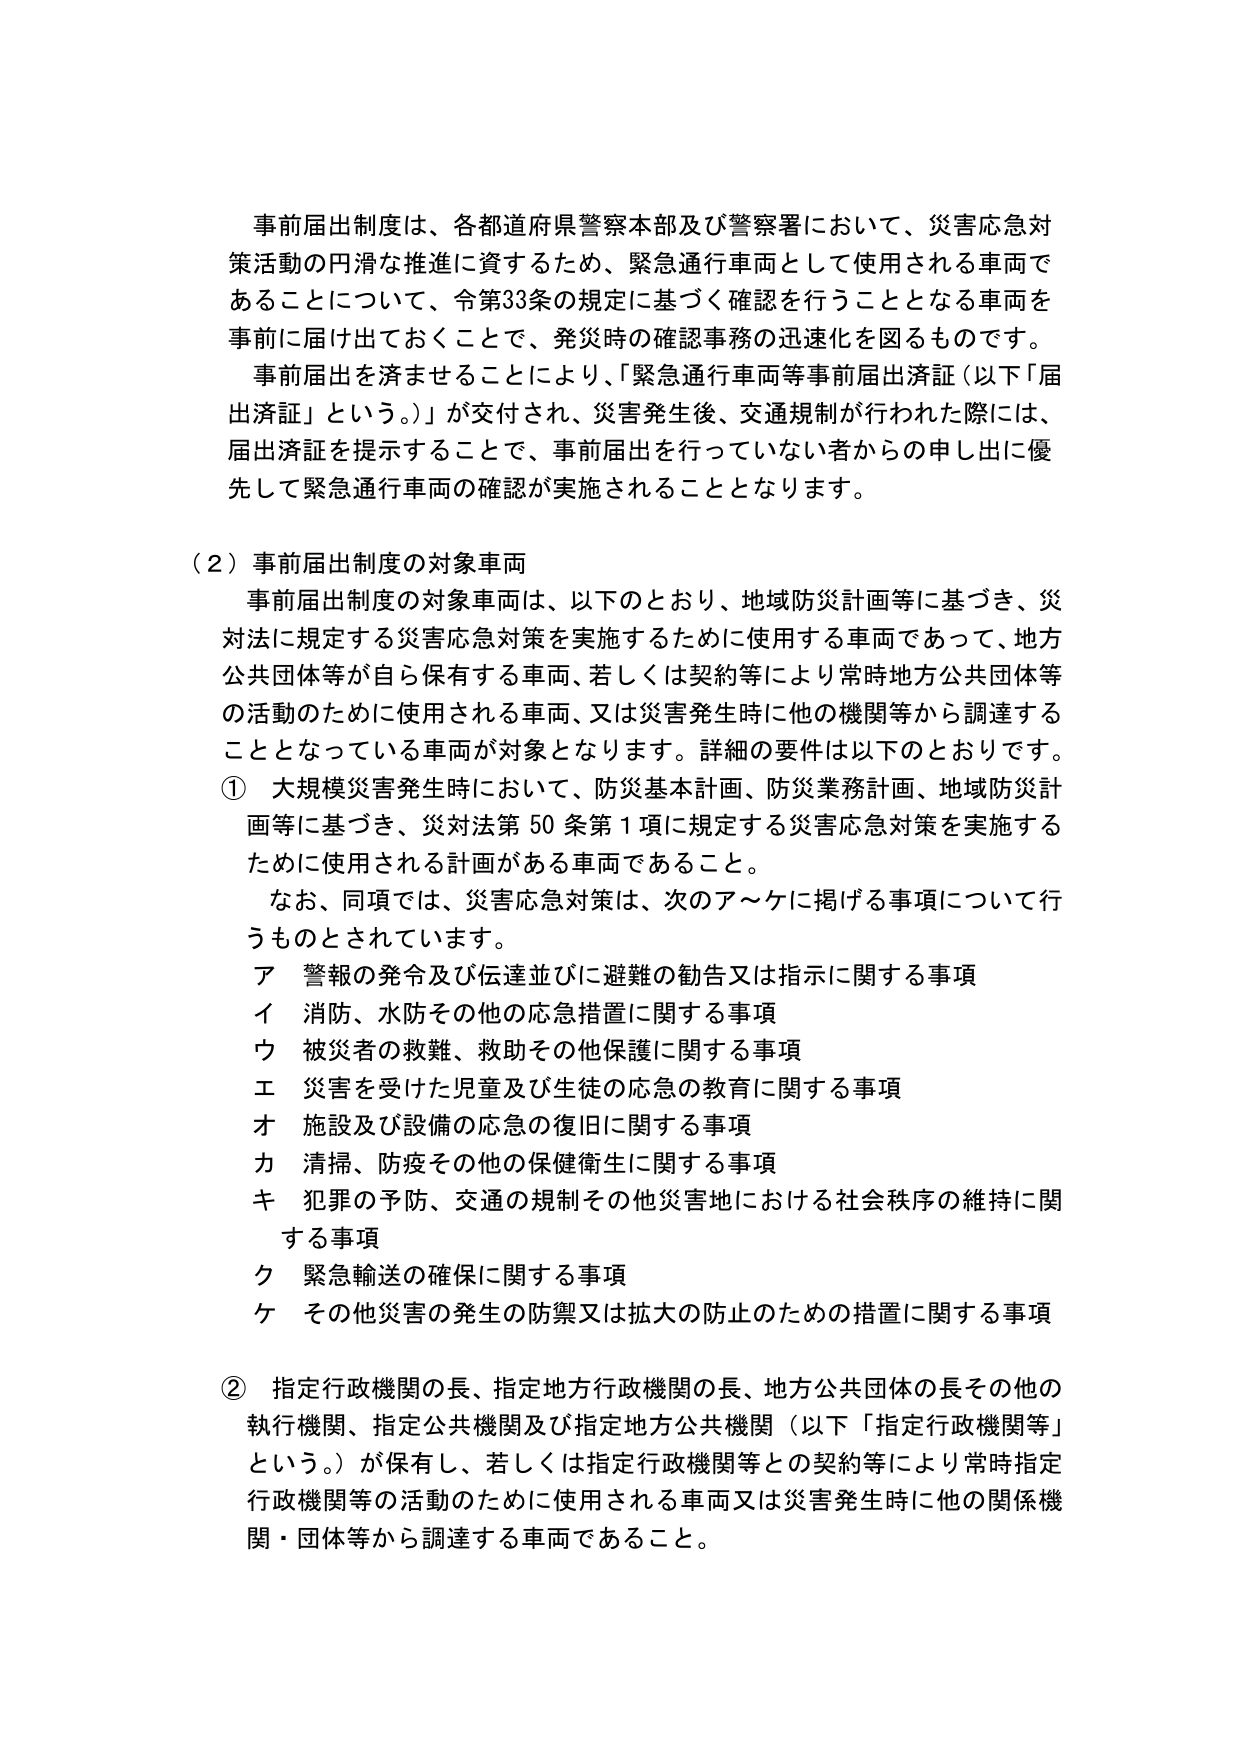
事前届出制度は、各都道府県警察本部及び警察署において、災害応急対策活動の円滑な推進に資するため、緊急通行車両として使用される車両であることについて、令第33条の規定に基づく確認を行うこととなる車両を事前に届け出ておくことで、発災時の確認事務の迅速化を図るものです。

事前届出を済ませることにより、「緊急通行車両等事前届出済証（以下「届出済証」という。）」が交付され、災害発生後、交通規制が行われた際には、届出済証を提示することで、事前届出を行っていない者からの申し出に優先して緊急通行車両の確認が実施されることとなります。

（２）事前届出制度の対象車両

事前届出制度の対象車両は、以下のとおり、地域防災計画等に基づき、災対法に規定する災害応急対策を実施するために使用する車両であって、地方公共団体等が自ら保有する車両、若しくは契約等により常時地方公共団体等の活動のために使用される車両、又は災害発生時に他の機関等から調達することとなっている車両が対象となります。詳細の要件は以下のとおりです。

① 大規模災害発生時において、防災基本計画、防災業務計画、地域防災計画等に基づき、災対法第50条第1項に規定する災害応急対策を実施するために使用される計画がある車両であること。

なお、同項では、災害応急対策は、次のア～ケに掲げる事項について行うものとされています。

ア 警報の発令及び伝達並びに避難の勧告又は指示に関する事項
イ 消防、水防その他の応急措置に関する事項
ウ 被災者の救難、救助その他保護に関する事項
エ 災害を受けた児童及び生徒の応急の教育に関する事項
オ 施設及び設備の応急の復旧に関する事項
カ 清掃、防疫その他の保健衛生に関する事項
キ 犯罪の予防、交通の規制その他災害地における社会秩序の維持に関する事項
ク 緊急輸送の確保に関する事項
ケ その他災害の発生の防禦又は拡大の防止のための措置に関する事項

② 指定行政機関の長、指定地方行政機関の長、地方公共団体の長その他の執行機関、指定公共機関及び指定地方公共機関（以下「指定行政機関等」という。）が保有し、若しくは指定行政機関等との契約等により常時指定行政機関等の活動のために使用される車両又は災害発生時に他の関係機関・団体等から調達する車両であること。